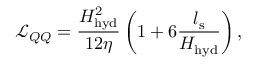
\mathcal { L } _ { Q Q } = \frac { H _ { \mathrm { h y d } } ^ { 2 } } { 1 2 \eta } \left( 1 + 6 \frac { l _ { \mathrm { s } } } { H _ { \mathrm { h y d } } } \right) ,